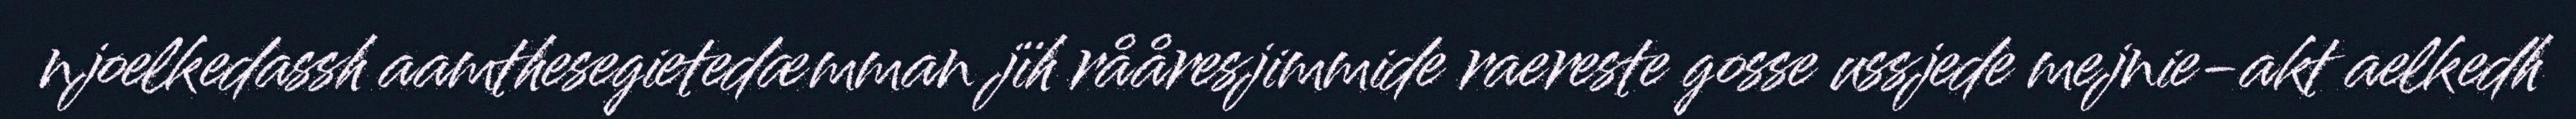
njoelkedassh aamthesegietedæmman jïh rååresjimmide raereste gosse ussjede mejnie-akt aelkedh